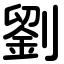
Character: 劉